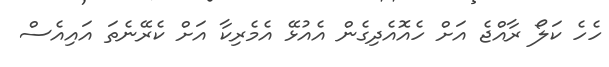
ހެހެ ކަލޯ ރާއްޖެ އަށް ހެއޮއެދިގެން އެއުޅޭ އެމެރިކާ އަށް ކެރޭނެތަ އައިއެސް